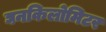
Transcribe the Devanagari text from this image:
घनकिलोमिटर